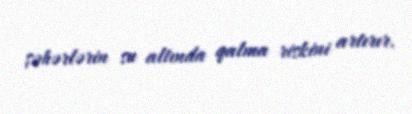
şəhərlərin su altında qalma riskini artırır.